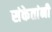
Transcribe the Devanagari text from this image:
संकेतांनी